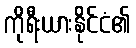
ကိုရီးယားနိုင်ငံ၏